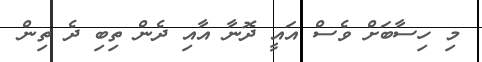
މި ހިސާބަށް ވެސް އައީ ދޮނާ އާއި ދެން ތިބި ދެ ތިން